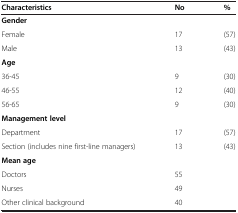
<table><thead><tr><td><b>Characteristics</b></td><td><b>No</b></td><td><b>%</b></td></tr></thead><tbody><tr><td><b>Gender</b></td><td> </td><td> </td></tr><tr><td>Female</td><td>17</td><td>(57)</td></tr><tr><td>Male</td><td>13</td><td>(43)</td></tr><tr><td><b>Age</b></td><td> </td><td> </td></tr><tr><td>36-45</td><td>9</td><td>(30)</td></tr><tr><td>46-55</td><td>12</td><td>(40)</td></tr><tr><td>56-65</td><td>9</td><td>(30)</td></tr><tr><td><b>Management level</b></td><td> </td><td> </td></tr><tr><td>Department</td><td>17</td><td>(57)</td></tr><tr><td>Section (includes nine first-line managers)</td><td>13</td><td>(43)</td></tr><tr><td><b>Mean age</b></td><td> </td><td> </td></tr><tr><td>Doctors</td><td>55</td><td> </td></tr><tr><td>Nurses</td><td>49</td><td> </td></tr><tr><td>Other clinical background</td><td>40</td><td> </td></tr></tbody></table>